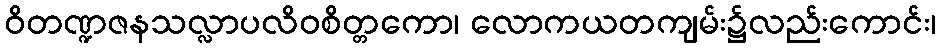
ဝိတဏ္ဍဇနသလ္လာပလိဝစိတ္တကော၊ လောကယတကျမ်း၌လည်းကောင်း၊